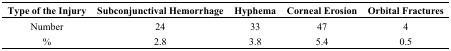
<table><thead><tr><td><b>Type of the Injury</b></td><td><b>Subconjunctival Hemorrhage</b></td><td><b>Hyphema</b></td><td><b>Corneal Erosion</b></td><td><b>Orbital Fractures</b></td></tr></thead><tbody><tr><td>Number</td><td>24</td><td>33</td><td>47</td><td>4</td></tr><tr><td>%</td><td>2.8</td><td>3.8</td><td>5.4</td><td>0.5</td></tr></tbody></table>